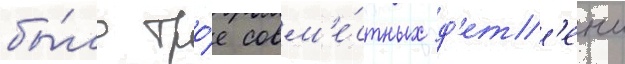
бы́ло тро́е совм'е́стных д'ет'еи